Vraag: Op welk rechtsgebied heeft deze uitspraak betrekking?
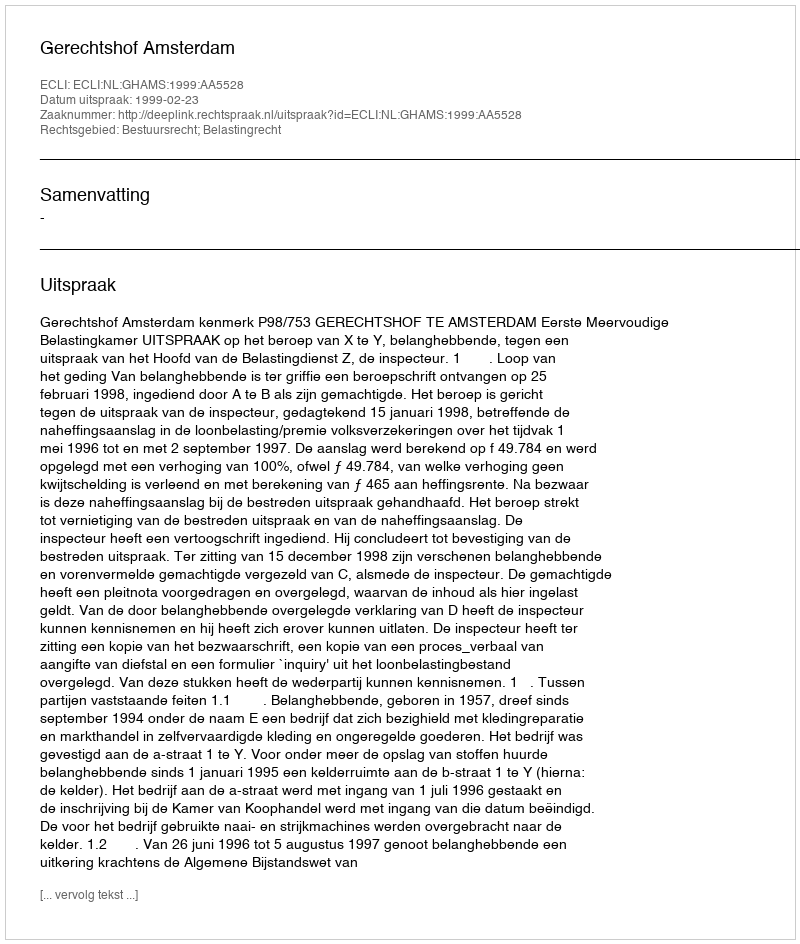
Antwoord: Bestuursrecht; Belastingrecht